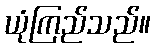
ယုံကြည်သည်။